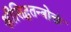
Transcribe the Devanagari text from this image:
श्रीसिद्धतन्त्रोक्तं